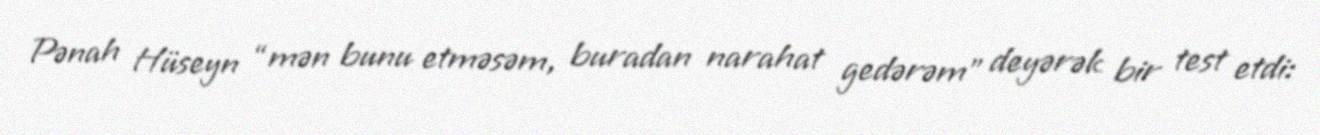
Pənah Hüseyn “mən bunu etməsəm, buradan narahat gedərəm” deyərək bir test etdi: